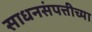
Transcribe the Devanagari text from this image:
साधनसंपत्तीच्या